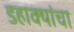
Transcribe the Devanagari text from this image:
डहाक्यांचा